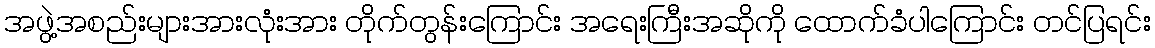
အဖွဲ့အစည်းများအားလုံးအား တိုက်တွန်းကြောင်း အရေးကြီးအဆိုကို ထောက်ခံပါကြောင်း တင်ပြရင်း